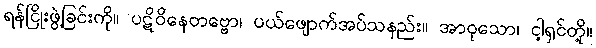
ရန်ငြိုးဖွဲ့ခြင်းကို။ ပဋိဝိနေတဗ္ဗော၊ ပယ်ဖျောက်အပ်သနည်း။ အာဝုသော၊ ငါ့ရှင်တို့။